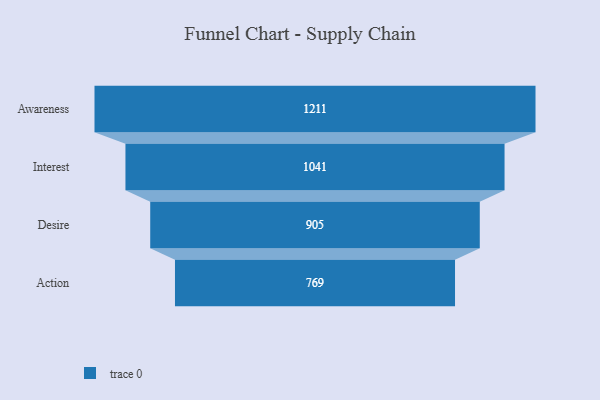
{"axis": {"x": "Stage", "y": "Value"}, "legend": [""], "data": [{"x": "Awareness", "y": 1211.0, "type": ""}, {"x": "Interest", "y": 1041.0, "type": ""}, {"x": "Desire", "y": 905.0, "type": ""}, {"x": "Action", "y": 769.0, "type": ""}]}